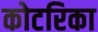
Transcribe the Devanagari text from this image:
कोटरिका